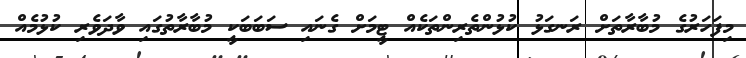
މިފަހަރުގެ މުބާރާތަށް ރަނގަޅު ކުޅުންތެރިންތަކެއް ޓީމަށް ގެނައި ސަބަބަކީ މުބާރާތުގައި ވާދަވެރި ކުޅުމެއް